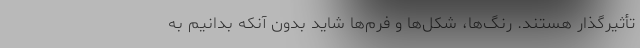
تأثیرگذار هستند. رنگ‌ها، شکل‌ها و فرم‌ها شاید بدون آنکه بدانیم به